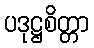
ပဒုဋ္ဌစိတ္တာ